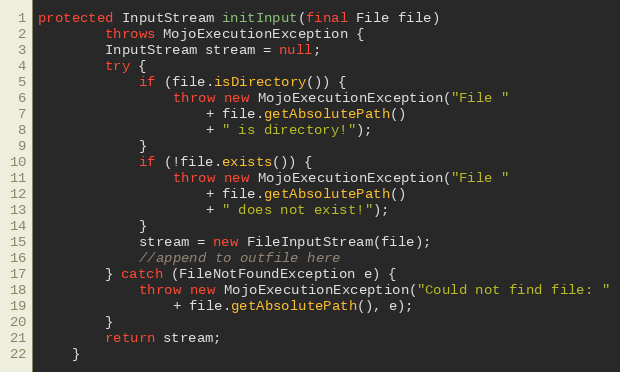
Language: Java
protected InputStream initInput(final File file)
        throws MojoExecutionException {
        InputStream stream = null;
        try {
            if (file.isDirectory()) {
                throw new MojoExecutionException("File "
                    + file.getAbsolutePath()
                    + " is directory!");
            }
            if (!file.exists()) {
                throw new MojoExecutionException("File "
                    + file.getAbsolutePath()
                    + " does not exist!");
            }
            stream = new FileInputStream(file);
            //append to outfile here
        } catch (FileNotFoundException e) {
            throw new MojoExecutionException("Could not find file: "
                + file.getAbsolutePath(), e);
        }
        return stream;
    }